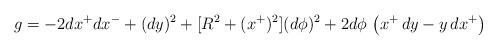
LaTeX: \begin{align*}g = -2dx^+dx^- + (dy)^2 + [R^2 + (x^+)^2](d\phi)^2 + 2d\phi\, \left(x^+\,dy -y\,dx^+\right)\end{align*}